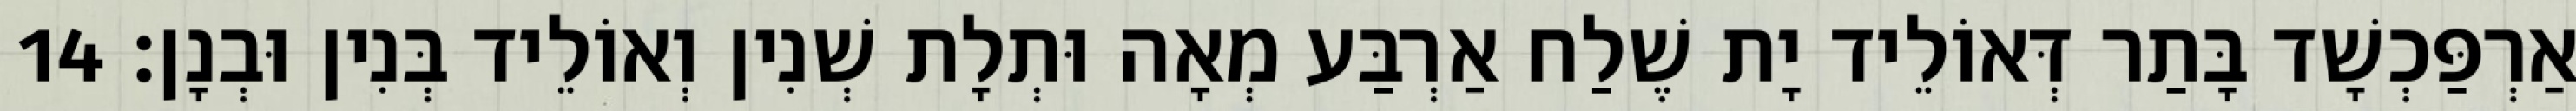
אַרְפַּכְשָׁד בָּתַר דְּאוֹלֵיד יָת שֶׁלַח אַרְבַּע מְאָה וּתְלָת שְׁנִין וְאוֹלֵיד בְּנִין וּבְנָן׃ 14